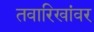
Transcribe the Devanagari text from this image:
तवारिखांवर